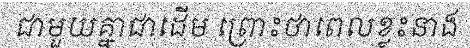
ជាមួយគ្នាជាដើម ព្រោះថាពេលខ្លះនាង